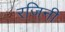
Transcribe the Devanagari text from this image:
रजिनी